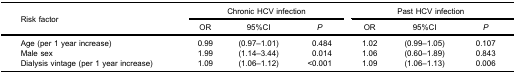
| <ROWSPAN=3> Risk factor | <COLSPAN=3> Chronic HCV infection | <COLSPAN=3> Past HCV infection |
 | OR | 95%CI | P | OR | 95%CI | P |
 | --- | --- | --- | --- | --- | --- | --- |
 | Age (per 1 year increase) | 0.99 | (0.97–1.01) | 0.484 | 1.02 | (0.99–1.05) | 0.107 |
 | Male sex | 1.99 | (1.14–3.44) | 0.014 | 1.06 | (0.60–1.89) | 0.843 |
 | Dialysis vintage (per 1 year increase) | 1.09 | (1.06–1.12) | <0.001 | 1.09 | (1.06–1.13) | 0.006 |